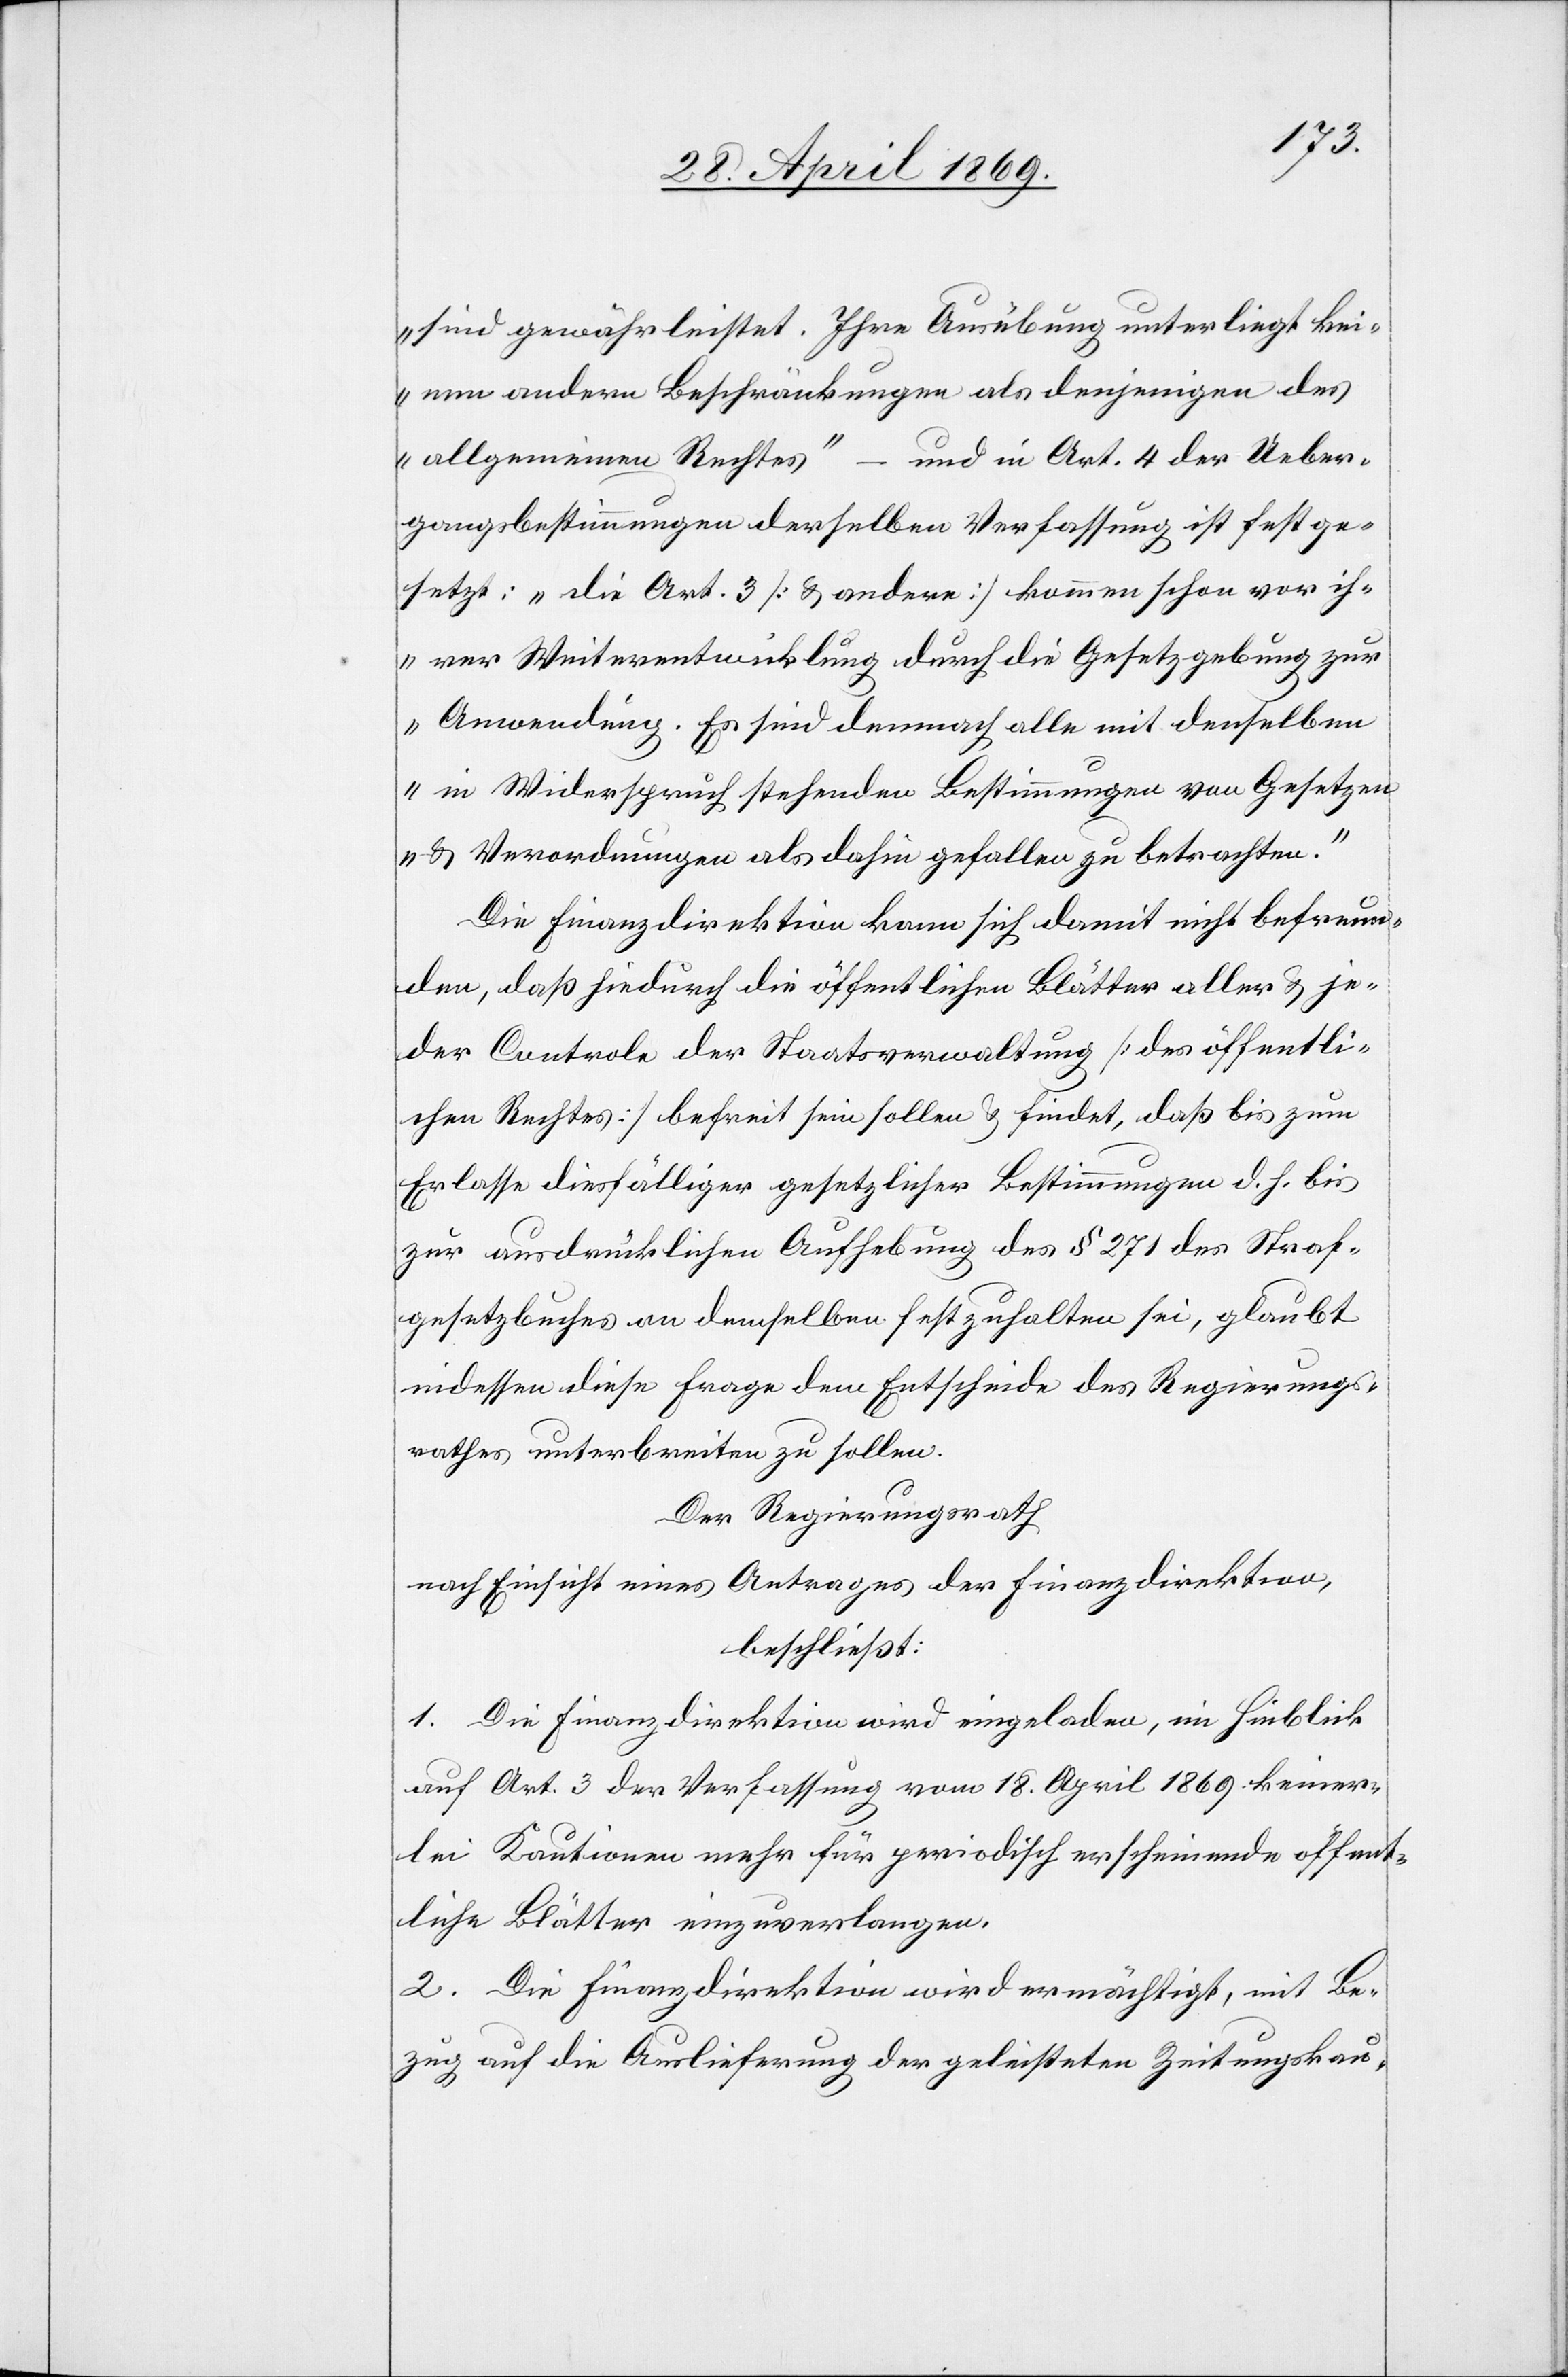
sind gewährleistet. Ihre Ausübung unterliegt kei¬
nen andern Beschränkungen als denjenigen des
allgemeinen Rechtes“ – und in Art. 4 der Ueber¬
gangsbestimmungen derselben Verfassung ist festge¬
setzt: „Die Art. 3 [u. andere] kommen schon vor ih¬
rer Weiterentwicklung durch die Gesetzgebung zur
Anwendung. Es sind demnach alle mit denselben
in Widerspruch stehenden Bestimmungen von Gesetzen
u. Verordnungen als dahin gefallen zu betrachten.“
Die Finanzdirektion kann sich damit nicht befreun¬
den, daß hiedurch die öffentlichen Blätter aller u. je¬
der Controle der Staatsverwaltung [des öffentli¬
chen Rechtes] befreit sein sollen u. findet, daß bis zum
Erlasse diesfälliger gesetzlicher Bestimmungen d. h. bis
zur ausdrücklichen Aufhebung des § 271 des Straf¬
gesetzbuches an demselben festzuhalten sei, glaubt
indessen diese Frage dem Entscheide des Regierungs¬
rathes unterbreiten zu sollen.
Der Regierungsrath,
nach Einsicht eines Antrages der Finanzdirektion,
beschließt:
1. Die Finanzdirektion wird eingeladen, im Hinblick
auf Art. 3 der Verfassung vom 18. April 1869 keiner¬
lei Kautionen mehr für periodisch erscheinende öffent¬
liche Blätter einzuverlangen.
2. Die Finanzdirektion wird ermächtigt, mit Be¬
zug auf die Auslieferung der geleisteten Zeitungskau-